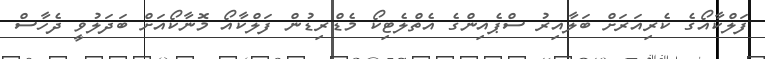
ފަލްކާއޯގެ ކެރިއަރަށް ބަލާއިރު ސްޕެއިންގެ އެތްލެޓިކޯ މެޑްރިޑުން ފަލްކާއޯ މޮނާކޯއަށް ބަދަލުވީ ދެހާސް